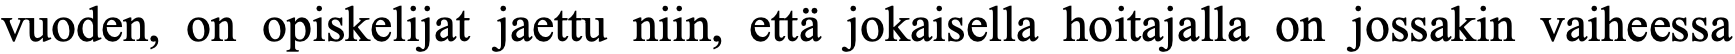
vuoden, on opiskelijat jaettu niin, että jokaisella hoitajalla on jossakin vaiheessa